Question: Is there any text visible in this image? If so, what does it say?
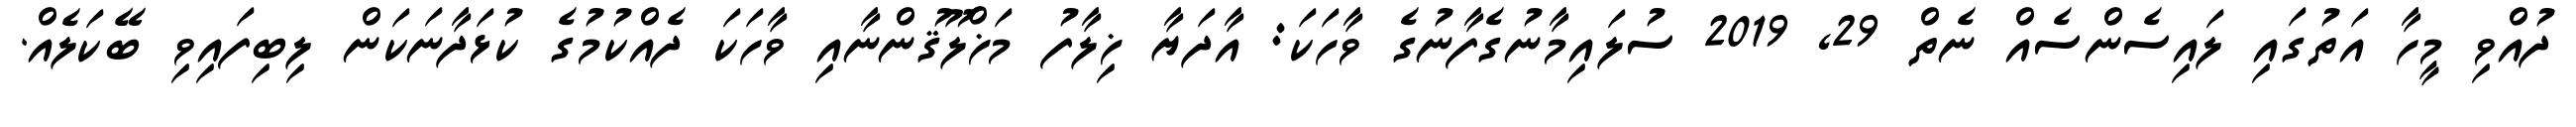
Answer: ދުއްވި މީހާ އަތުގައި ލައިސެންސެއް ނެތް 29, 2019 ސުލައިމާނުގެފާނުގެ ވާހަކަ: އާދަޔާ ޚިލާފު މަޚްލޫޤުންނާއި ވާހަކަ ދެއްކުމުގެ ކުޅަދާނަކަން ލިބިފައިވި ބޭކަލެއް.